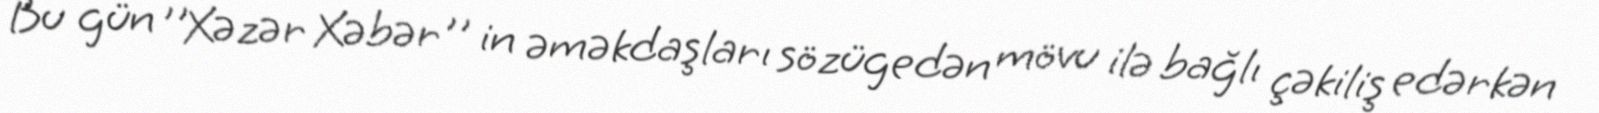
Bu gün ''Xəzər Xəbər'' in əməkdaşları sözügedən mövu ilə bağlı çəkiliş edərkən